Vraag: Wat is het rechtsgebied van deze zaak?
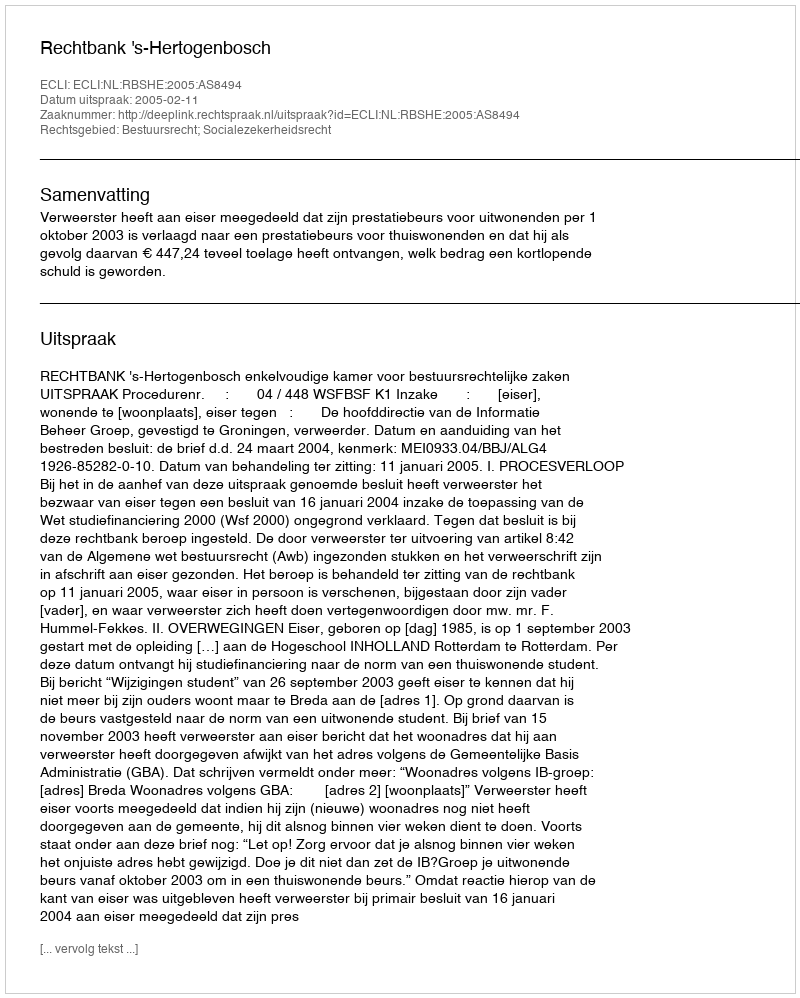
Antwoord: Bestuursrecht; Socialezekerheidsrecht